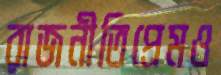
রাজনীতিপ্রেমও